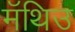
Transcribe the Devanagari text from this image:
मॅथिउ